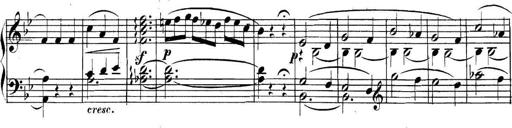
Title: Collected Piano Sonatas
Composer: Muzio Clementi